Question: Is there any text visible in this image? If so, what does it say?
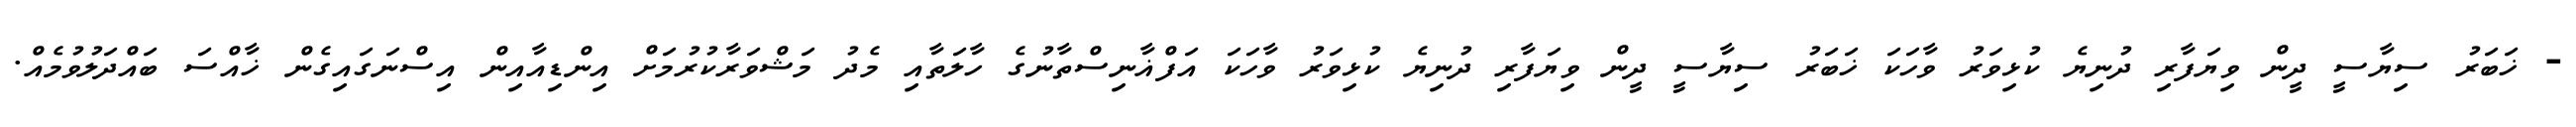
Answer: - ޚަބަރު ސިޔާސީ ދީން ވިޔަފާރި ދުނިޔެ ކުޅިވަރު ވާހަކަ ޚަބަރު ސިޔާސީ ދީން ވިޔަފާރި ދުނިޔެ ކުޅިވަރު ވާހަކަ އަފްޣާނިސްތާނުގެ ހާލަތާއި މެދު މަޝްވަރާކުރުމަށް އިންޑިއާއިން އިސްނަގައިގެން ޚާއްސަ ބައްދަލުވުމެއް.